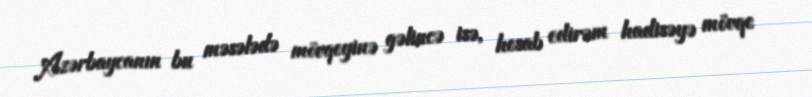
Azərbaycanın bu məsələdə mövqeyinə gəlincə isə, hesab edirəm hadisəyə mövqe